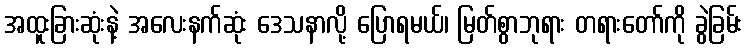
အထူးခြားဆုံးနဲ့ အလေးနက်ဆုံး ဒေသနာလို့ ပြောရမယ်၊ မြတ်စွာဘုရား တရားတော်ကို ခွဲခြမ်း